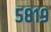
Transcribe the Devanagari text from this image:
५८१९